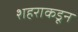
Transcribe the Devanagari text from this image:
शहराकडून